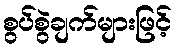
စွပ်စွဲချက်များဖြင့်